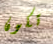
تكون